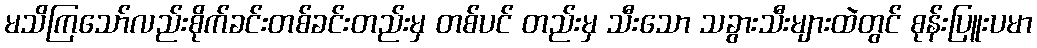
မသိကြသော်လည်းစိုက်ခင်းတစ်ခင်းတည်းမှ တစ်ပင် တည်းမှ သီးသော သခွားသီးများထဲတွင် စုန်းပြူးပမာ